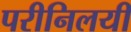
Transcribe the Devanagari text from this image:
परीनिलयी